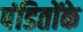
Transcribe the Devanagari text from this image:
पंडितोंके